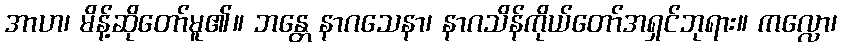
အာဟ၊ မိန့်ဆိုတော်မူ၏။ ဘန္တေ နာဂသေနာ၊ နာဂသိန်ကိုယ်တော်အရှင်ဘုရား။ ကလ္လော၊